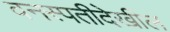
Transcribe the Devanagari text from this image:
वनस्पतीदेखील